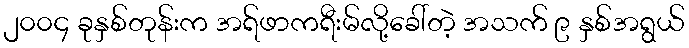
၂၀၀၄ ခုနှစ်တုန်းက အရ်ဖာကရီးမ်လို့ခေါ်တဲ့ အသက် ၉ နှစ်အရွယ်